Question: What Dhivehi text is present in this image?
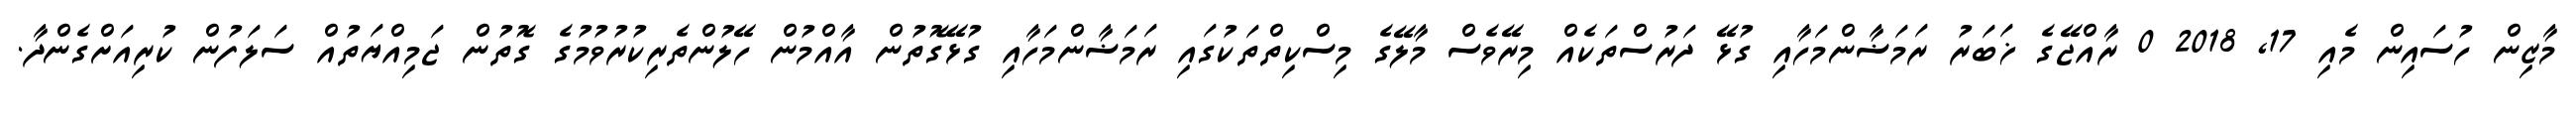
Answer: މާޒިން ހުސައިން މެއި 17, 2018 0 ރާއްޖޭގެ ޚަބަރު ރަމަޟާންމަހާއި ގުޅޭ ދަރުސްތަކެއް މިރޭވެސް މާލޭގެ މިސްކިތްތަކުގައި ރަމަޟާންމަހާއި ގުޅޭގޮތުން އާއްމުން ހޭލުންތެރިކުރުވުމުގެ ގޮތުން ޖަމިއްޔަތުއް ސަލަފުން ކުރިއަށްގެންދާ.